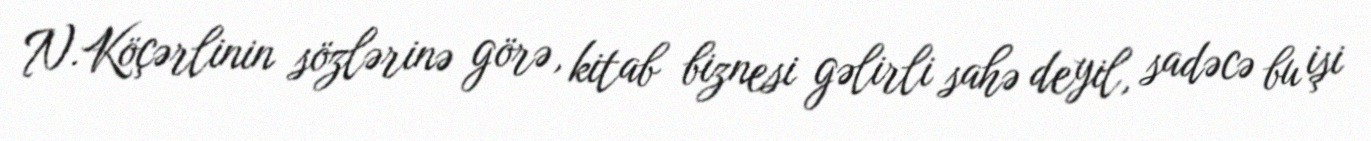
N.Köçərlinin sözlərinə görə, kitab biznesi gəlirli sahə deyil, sadəcə bu işi